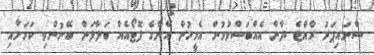
ސްނައިޕަރު ރާއްޖެ ދާން އެއްބަސްވުމުން އެމީހުން އޭނާގެ ފޮޓޯއެއް ބަލާލަން ބޭނުންވި ކަމަށާއި